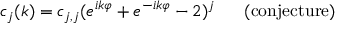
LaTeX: c _ { j } ( k ) = c _ { j , j } ( e ^ { i k \varphi } + e ^ { - i k \varphi } - 2 ) ^ { j } \; \; \; \; \; \; \mathrm { ( c o n j e c t u r e ) }